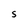
Character: s